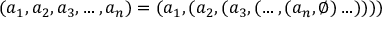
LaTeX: ( a _ { 1 } , a _ { 2 } , a _ { 3 } , \ldots , a _ { n } ) = ( a _ { 1 } , ( a _ { 2 } , ( a _ { 3 } , ( \ldots , ( a _ { n } , \emptyset ) \ldots ) ) ) )